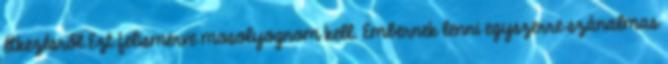
étkezésről Ezt felismerve mosolyognom kell. Embernek lenni egyszerre szánalmas